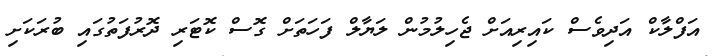
އަފްލާކް އަދިވެސް ކައިރިއަށް ޖެހިލުމުން ލަޔާލް ފަހަތަށް ގޮސް ކޮޓަރި ދޮރުފަތުގައި ބުރަކަށި